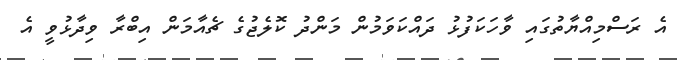
އެ ރަސްްމިއްޔާތުގައި ވާހަކަފުޅު ދައްކަވަމުން މަންދު ކޮލެޖުގެ ޗެއާމަން އިބްރާ ވިދާޅުވީ އެ